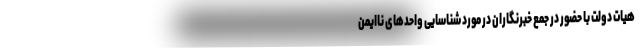
هیات دولت با حضور در جمع خبرنگاران در مورد شناسایی واحدهای ناایمن